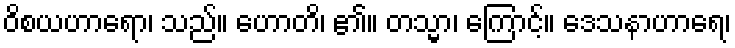
ဝိစယဟာရော၊ သည်။ ဟောတိ၊ ၏။ တသ္မာ၊ ကြောင့်။ ဒေသနာဟာရေ၊